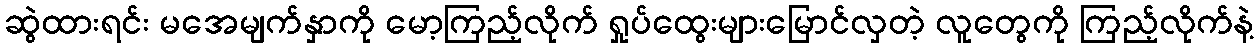
ဆွဲထားရင်း မအေမျက်နှာကို မော့ကြည့်လိုက် ရှုပ်ထွေးများမြောင်လှတဲ့ လူတွေကို ကြည့်လိုက်နဲ့